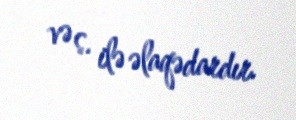
və s. ilə əlaqədardır.